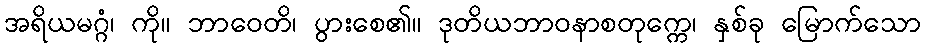
အရိယမဂ္ဂံ၊ ကို။ ဘာဝေတိ၊ ပွားစေ၏။ ဒုတိယဘာဝနာစတုက္ကေ၊ နှစ်ခု မြောက်သော